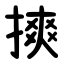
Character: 摤